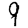
Digit: 9